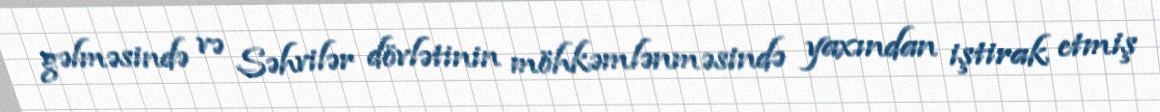
gəlməsində və Səhvilər dövlətinin möhkəmlənməsində yaxından iştirak etmiş